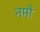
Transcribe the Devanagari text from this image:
नमों